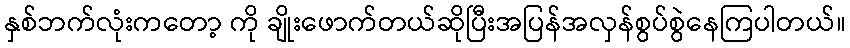
နှစ်ဘက်လုံးကတော့ ကို ချိုးဖောက်တယ်ဆိုပြီးအပြန်အလှန်စွပ်စွဲနေကြပါတယ်။